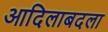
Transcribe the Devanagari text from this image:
आदिलाबदला